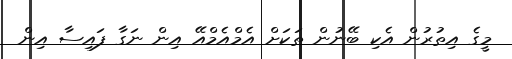
މީގެ އިތުރުން އެކި ބޭނުން ތަކަށް އެމްއެމްއޭ އިން ނަގާ ފައިސާ އިން